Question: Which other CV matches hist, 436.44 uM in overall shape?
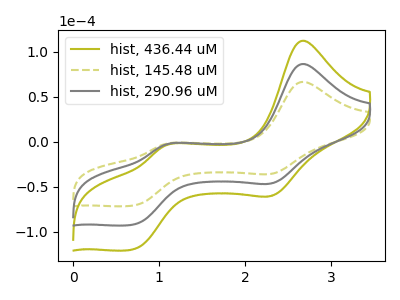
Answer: <think>The olive curve "hist, 436.44 uM" has anodic peaks at (2.65V, 173.25uA) (1.05V, -7.30uA) and cathodic peaks at (2.30V, -91.80uA) (0.70V, -184.70uA). The olive dashed curve "hist, 145.48 uM" has anodic peaks at (2.65V, 66.70uA) (1.05V, -2.80uA) and cathodic peaks at (2.30V, -35.35uA) (0.70V, -71.10uA). The gray curve "hist, 290.96 uM" has anodic peaks at (2.65V, 86.65uA) (1.05V, -3.65uA) and cathodic peaks at (2.30V, -45.90uA) (0.70V, -92.35uA).
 All the peaks in "hist, 436.44 uM" have a peak in "hist, 145.48 uM" at the same potential. All the peaks in "hist, 436.44 uM" have a peak in "hist, 290.96 uM" at the same potential. All the peaks in "hist, 145.48 uM" have a peak in "hist, 290.96 uM" at the same potential.</think>
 <answer>"hist, 436.44 uM" and "hist, 290.96 uM" have a similar shape to "hist, 145.48 uM".</answer>
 <eval>"hist, 436.44 uM" "hist, 290.96 uM"</eval>